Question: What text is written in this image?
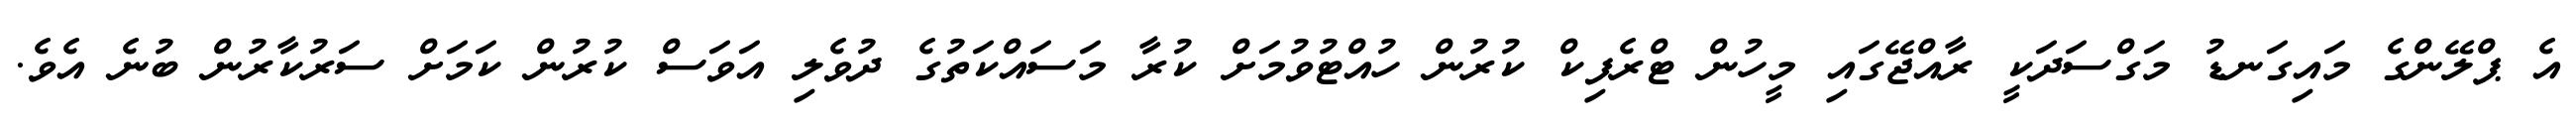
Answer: އެ ޕްލޭންގެ މައިގަނޑު މަގްސަދަކީ ރާއްޖޭގައި މީހުން ޓްރެފިކް ކުރުން ހުއްޓުވުމަށް ކުރާ މަސައްކަތުގެ ދުވެލި އަވަސް ކުރުން ކަމަށް ސަރުކާރުން ބުނެ އެވެ.